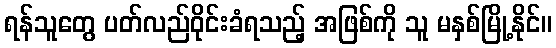
ရန်သူတွေ ပတ်လည်ဝိုင်းခံရသည့် အဖြစ်ကို သူ မနှစ်မြို့နိုင်။